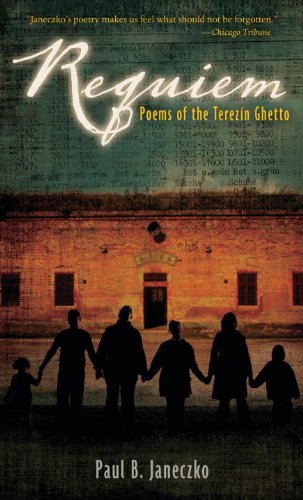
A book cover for Requiem: Poems of the Terezin Ghetto; Paul B. Janeczko; Teen & Young Adult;